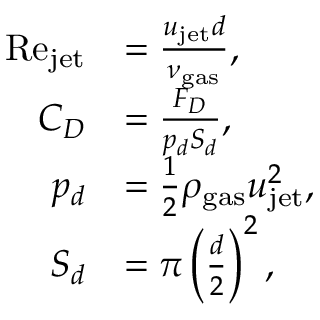
\begin{array} { r l } { \mathrm { R e } _ { \mathrm { j e t } } } & { = \frac { u _ { \mathrm { j e t } } d } { \nu _ { \mathrm { g a s } } } , } \\ { C _ { D } } & { = \frac { F _ { D } } { p _ { d } S _ { d } } , } \\ { p _ { d } } & { = \frac { 1 } { 2 } \rho _ { \mathrm { g a s } } u _ { \mathrm { j e t } } ^ { 2 } , } \\ { S _ { d } } & { = \pi \left( \frac { d } { 2 } \right) ^ { 2 } , } \end{array}